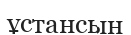
ұстансын